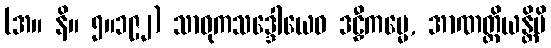
(အ။ နိ။ ၅။၁၉၂) သာဓုကသဒ္ဒေါယေဝ ဒဠှီကမ္မေ, အာဏတ္တိယန္တိပိ